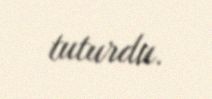
tuturdu.